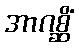
အာဂစ္ဆိံ